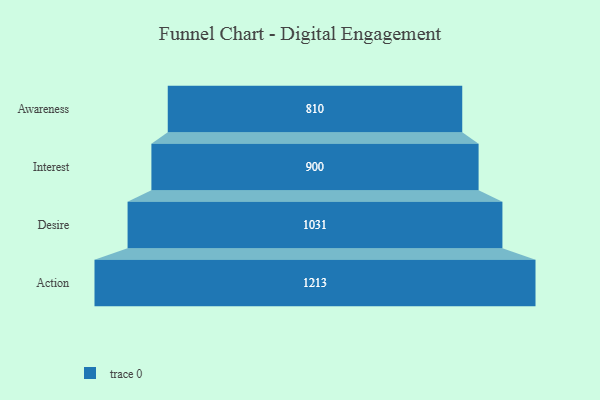
{"axis": {"x": "Stage", "y": "Value"}, "legend": [""], "data": [{"x": "Awareness", "y": 810.0, "type": ""}, {"x": "Interest", "y": 900.0, "type": ""}, {"x": "Desire", "y": 1031.0, "type": ""}, {"x": "Action", "y": 1213.0, "type": ""}]}